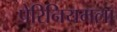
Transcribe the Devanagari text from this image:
पेरिनियमला